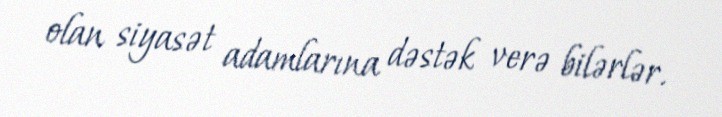
olan siyasət adamlarına dəstək verə bilərlər.